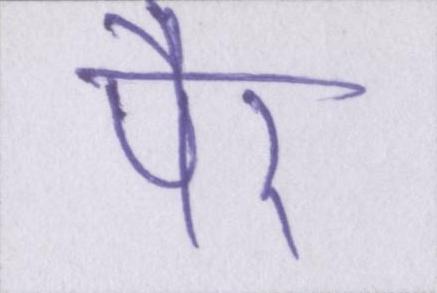
पैर